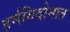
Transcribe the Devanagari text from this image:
हर्मगिदोनात